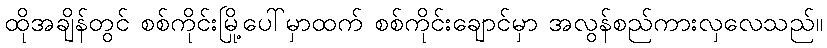
ထိုအချိန်တွင် စစ်ကိုင်းမြို့ပေါ်မှာထက် စစ်ကိုင်းချောင်မှာ အလွန်စည်ကားလှလေသည်။